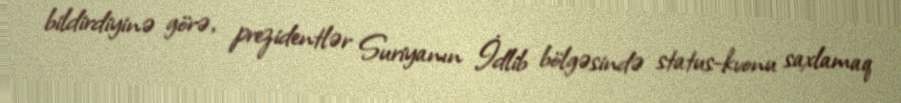
bildirdiyinə görə, prezidentlər Suriyanın İdlib bölgəsində status-kvonu saxlamaq